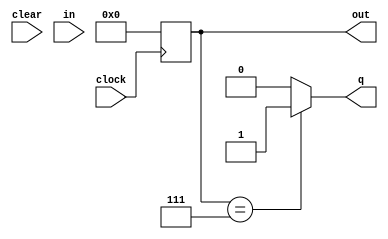
module detector_5_bits (clock, clear, in, out, q);
  input clock, clear, in;
  output [4:0] out;
  output q;
  reg q;
  reg [4:0] out;

  always @ (posedge clock) begin
    if (clock) begin
      out = 3'd0;
    end else begin
      out[4] = out[3];
      out[3] = out[2];
      out[2] = out[1];
      out[1] = out[0];
      out[0] = in;
    end
  end

  always @ (out) begin
    if (out == 3'b10111) begin
      q = 1;
    end else begin
      q = 0;
    end
  end

endmodule